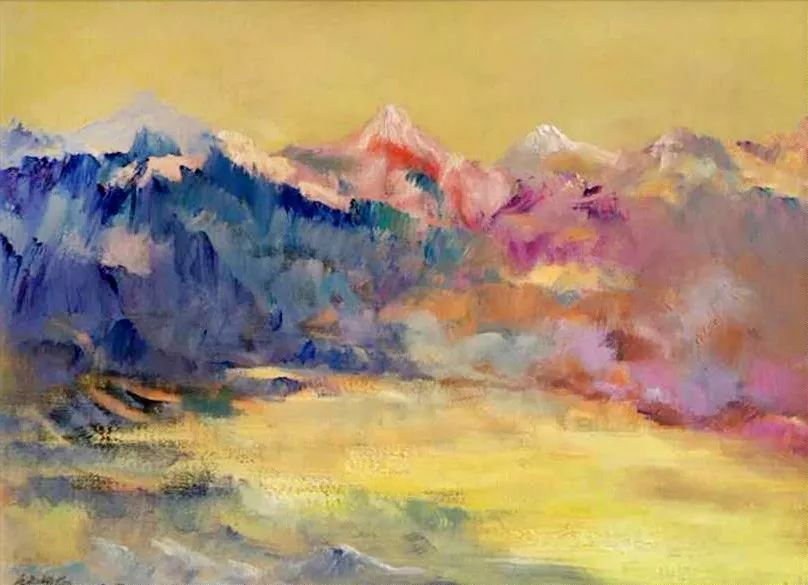
红树青山日欲斜，长郊草色绿无涯。